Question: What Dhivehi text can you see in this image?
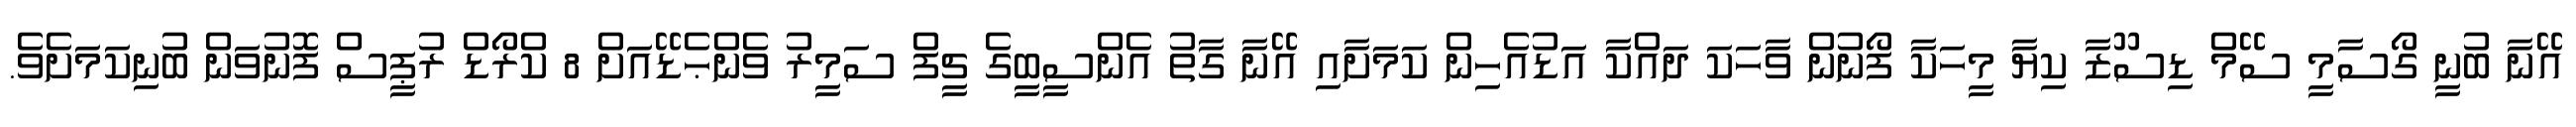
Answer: އޭނާ ބުނީ ގޯސާމީ ސޭމް ޑިސޫޒާ ކިޔާ މީހަކާ ފޯނުން ވާހަކަ ދައްކާ އަޑުއެހިން ކަމަށާއި އޭނާ ގާތު އެންސީބީގެ ޗީފް ސަމީރު ވެންޙެޑޭއަށް 8 ކްރޯޑް ރުޕީސް ފޮނުވަން ބުނިކަމަށެވެ.